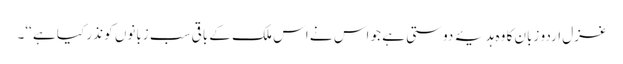
غزل اردو زبان کا وہ ہدیۂ دوستی ہے جو اس نے اس ملک کے باقی سب زبانوں کو نذر کیا ہے ‘‘۔